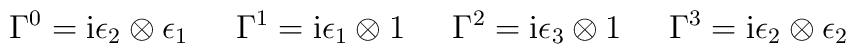
\Gamma^0 = {\rm i} \epsilon_2 \otimes \epsilon_1 \hspace{6mm}\Gamma^1 = {\rm i} \epsilon_1 \otimes {\boldmath 1} \hspace{6mm}\Gamma^2 = {\rm i} \epsilon_3 \otimes {\boldmath 1} \hspace{6mm} \Gamma^3 = {\rm i} \epsilon_2 \otimes \epsilon_2